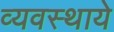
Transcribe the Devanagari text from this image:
व्यवस्थाये